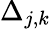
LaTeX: \Delta_{j,k}